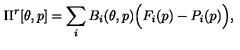
\Pi ^ { r } [ \theta , p ] = \sum _ { i } B _ { i } ( \theta , p ) \Big ( F _ { i } ( p ) - P _ { i } ( p ) \Big ) ,